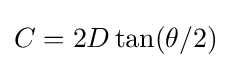
{C}=2D\tan(\theta /2)